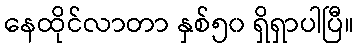
နေထိုင်လာတာ နှစ်၅၀ ရှိရှာပါပြီ။